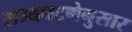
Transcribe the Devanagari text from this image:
राज्यघटणेनुसार